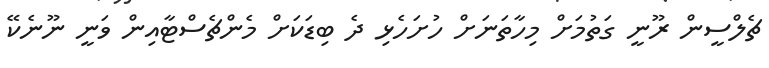
ޗެލްސީން ރޫނީ ގަތުމަށް މިހާތަނަށް ހުށަހެޅި ދެ ބިޑަކަށް މެންޗެސްޓާއިން ވަނީ ނޫނެކޭ